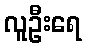
လူဦးရေ